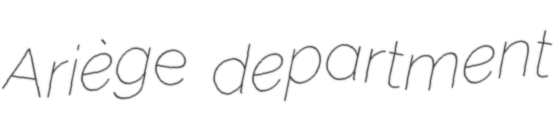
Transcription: Ariège department